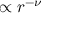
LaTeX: \propto r ^ { - \nu }